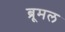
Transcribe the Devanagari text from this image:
ब्रूमल